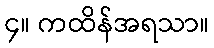
၄။ ကထိန်အရသာ။